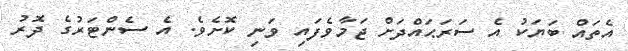
އެތައް ބަޔަކު އެ ސަރަޙައްދަށް ޖަމާވެފައި ވަނި ކޮށެވެ. އެ ސެންޓަރުގެ ދޮރު